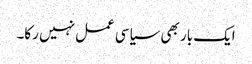
ایک بار بھی سیاسی عمل نہیں رکا۔